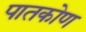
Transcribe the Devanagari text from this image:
पातकोण